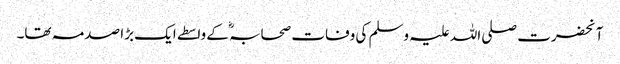
آنحضرت صلی اللہ علیہ وسلم کی وفات صحابہؓ کے واسطے ایک بڑا صدمہ تھا۔